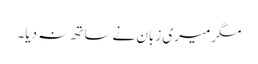
مگرمیری زبان نےساتھ نہ دیا۔